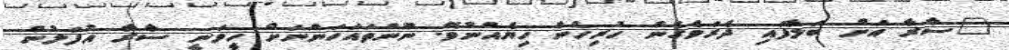
"ސާރާ އަށް ބަލާފައި ދެރަވެގެން ހުރިހެން ހިޔެއްނުވޭ. ނޫންތައަހަންނަށް ހީވަނީ ސާރާ އުފަލުން